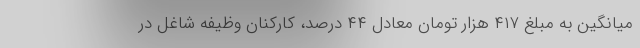
میانگین به مبلغ ۴۱۷ هزار تومان معادل ۴۴ درصد، کارکنان وظیفه شاغل در